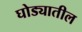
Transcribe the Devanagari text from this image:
घोड्यातील